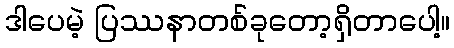
ဒါပေမဲ့ ပြဿနာတစ်ခုတော့ရှိတာပေါ့။